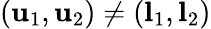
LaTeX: (\mathbf{u}_{1},\mathbf{u}_{2})\neq(\mathbf{l}_{1},\mathbf{l}_{2})